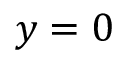
y = 0